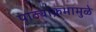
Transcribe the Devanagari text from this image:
पाठ्याक्रमामुळे